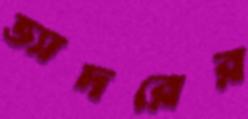
ভ্যাদরের